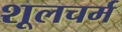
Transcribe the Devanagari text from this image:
शूलचर्म